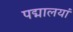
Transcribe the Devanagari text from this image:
पद्मालयां